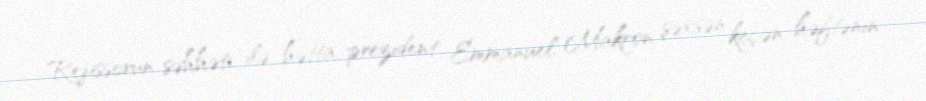
Rejissorun səhhəti ilə hətta prezident Emmanuel Makron şəxsən keçən həftənin